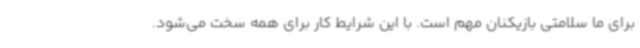
برای ما سلامتی بازیکنان مهم است. با این شرایط کار برای همه سخت می‌شود.